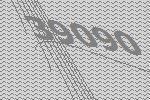
39090